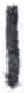
אות: ו